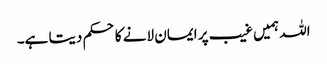
اللہ ہمیں غیب پر ایمان لانے کا حکم دیتا ہے۔